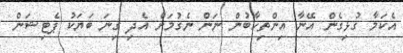
އެކަމާ ގުޅިގެން އޭނާ އިންތިހާބުން ނަން ނެގުމަށް އެދި ގިނަ ބަޔަކު ޕެޓިޝަން